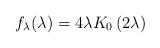
LaTeX: \begin{align*}f_{\lambda}(\lambda)=4\lambda K_0\left( 2 \lambda \right)\end{align*}